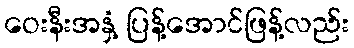
ဝေးနီးအနှံ့ ပြန့်အောင်ဖြန့်လည်း